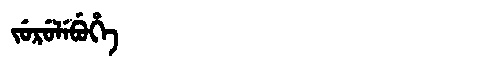
Manchu: ᠵᡠᡵᡠᠯᡝᠪᡠᡥᡝ
Romanization: JURULEBUHE